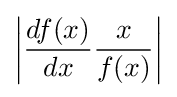
\left\vert {{\frac {df(x)}{dx}}{\frac {x}{f(x)}}}\right\vert